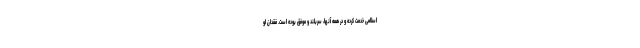
اسلامی خدمت کرده و در همه‌ آنها، سربلند و موفق بوده است. فقدان او